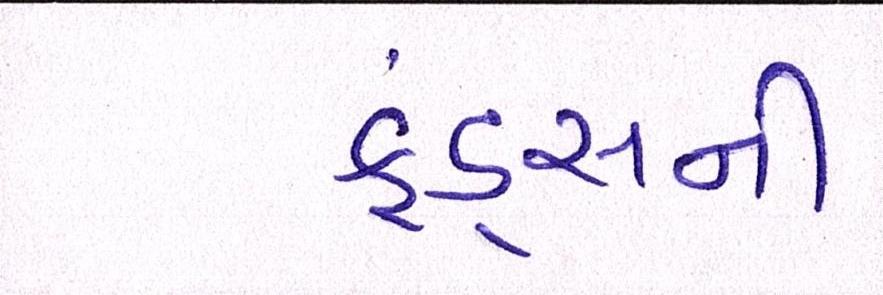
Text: ફંડ્સની